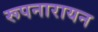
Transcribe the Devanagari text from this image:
रूपनारायन